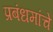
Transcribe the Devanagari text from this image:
प्रबंधमांचे